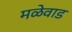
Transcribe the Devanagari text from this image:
मळेवाड